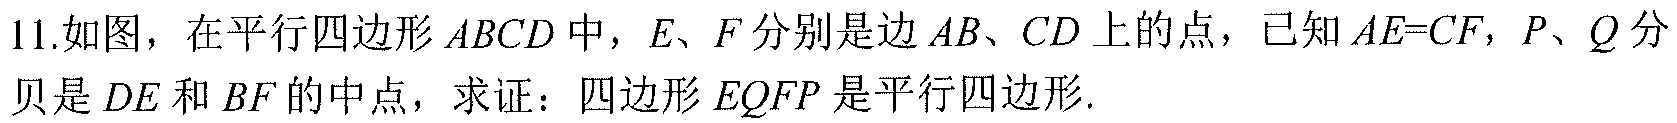
11.如图，在平行四边形 \(ABCD\) 中，\(E\)、\(F\) 分别是边 \(AB\)、\(CD\) 上的点，已知 \(AE = CF\)，\(P\)、\(Q\) 分别是 \(DE\) 和 \(BF\) 的中点，求证：四边形 \(EQFP\) 是平行四边形.